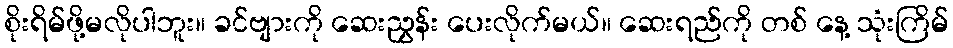
စိုးရိမ်ဖို့မလိုပါဘူး။ ခင်ဗျားကို ဆေးညွှန်း ပေးလိုက်မယ်။ ဆေးရည်ကို တစ် နေ့ သုံးကြိမ်